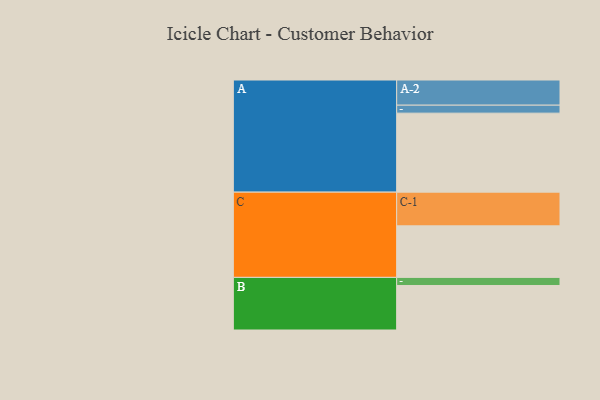
{"axis": {"x": "Segment", "y": "Value"}, "legend": ["", "A", "B", "C"], "data": [{"x": "A", "y": 584, "type": ""}, {"x": "B", "y": 329, "type": ""}, {"x": "C", "y": 381, "type": ""}, {"x": "A-1", "y": 59, "type": "A"}, {"x": "A-2", "y": 186, "type": "A"}, {"x": "B-1", "y": 60, "type": "B"}, {"x": "C-1", "y": 249, "type": "C"}]}